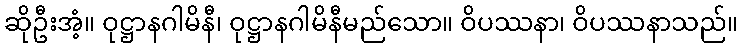
ဆိုဦးအံ့။ ဝုဋ္ဌာနဂါမိနီ၊ ဝုဋ္ဌာနဂါမိနီမည်သော။ ဝိပဿနာ၊ ဝိပဿနာသည်။